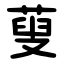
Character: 蓃